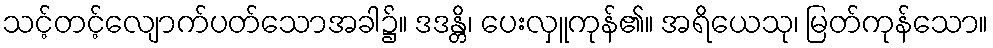
သင့်တင့်လျောက်ပတ်သောအခါ၌။ ဒဒန္တိ၊ ပေးလှူကုန်၏။ အရိယေသု၊ မြတ်ကုန်သော။